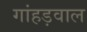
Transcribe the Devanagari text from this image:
गांहड़वाल